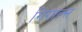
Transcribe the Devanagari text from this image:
गिगाल्स